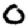
Digit: 0